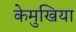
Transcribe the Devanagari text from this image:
केमुखिया